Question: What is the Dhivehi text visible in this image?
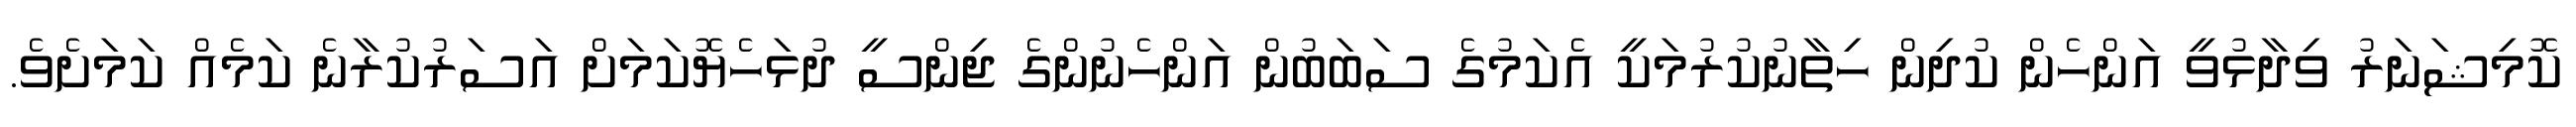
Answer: ކޮމިޝަނަރު ވިދާޅުވީ އަންހެން ކުދިން ހިތާނުކުރުމަކީ އެކަމުގެ ސަބަބުން އަންހެނުންގެ ޖިންސީ ދުޅަހެޔޮކަމަށް އަސަރުކުރާނެ ކަމެއް ކަމަށެވެ.